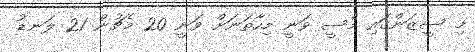
މި ސީޒަންގައި މެސީ ވަނީ މިހާތަނަށް ވަނީ 20 މެޗުން 21 ލަނޑު